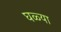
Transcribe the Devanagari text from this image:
घळ्या